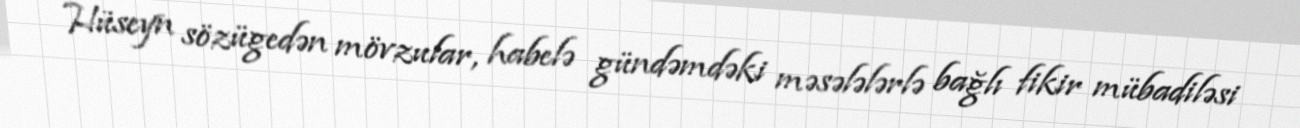
Hüseyn sözügedən mövzular, habelə gündəmdəki məsələlərlə bağlı fikir mübadiləsi